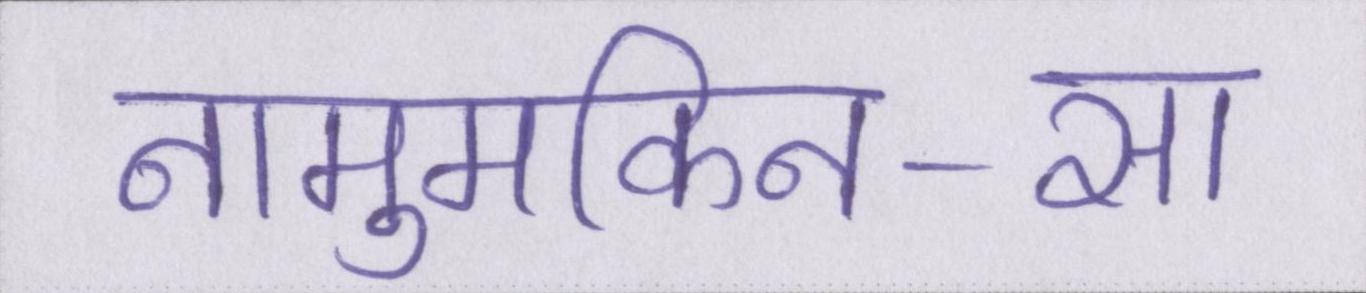
नामुमकिन-सा